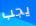
يجب